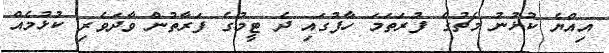
އިއްޔެ ކުޅުނު މެޗުގެ ފުރަތަމަ ހާފުގައި ދެ ޓީމުގެ ފަރާތުން ވާދަވެރި ކުޅުމެއް